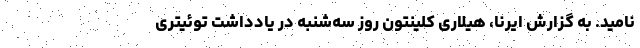
نامید. به گزارش ایرنا، هیلاری کلینتون روز سه‌شنبه در یادداشت توئیتری